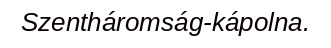
Szentháromság-kápolna.